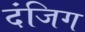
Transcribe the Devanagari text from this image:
दंजिग